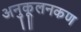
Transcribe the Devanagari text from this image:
अनुकूलनकण